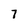
Character: 7